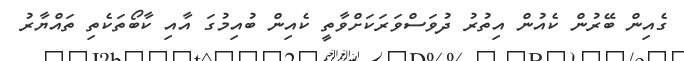
ގެއިން ބޭރުން ކެއުން އިތުރު ދުވަސްވަރަކަށްވާތީ ކެއިން ބުއިމުގަ އާއި ކާބޯތަކެތި ތައްޔާރު